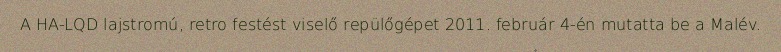
A HA-LQD lajstromú, retro festést viselő repülőgépet 2011. február 4-én mutatta be a Malév.